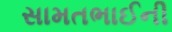
સામતભાઈની